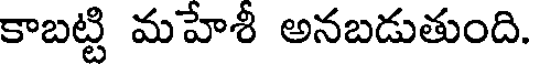
కాబట్టి మహేశీ అనబడుతుంది.